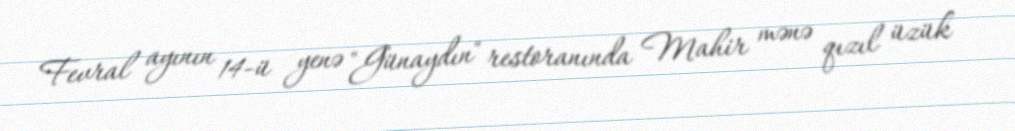
Fevral ayının 14-ü yenə "Günaydın" restoranında Mahir mənə qızıl üzük